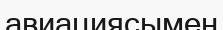
авиациясымен